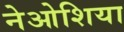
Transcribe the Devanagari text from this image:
नेओशिया